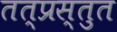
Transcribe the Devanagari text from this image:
तत्प्रस्तुत